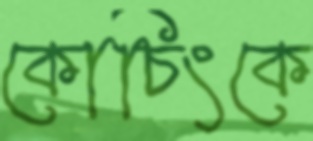
কোচিংকে